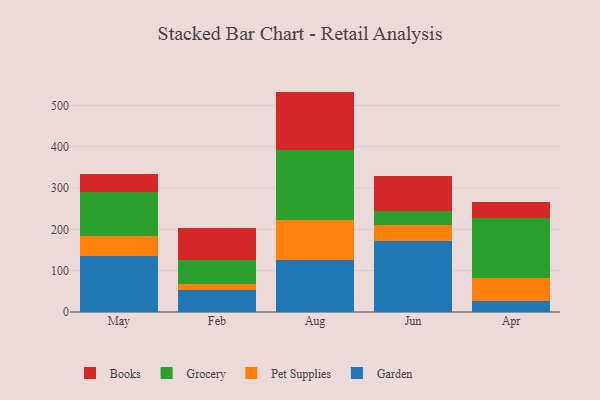
{"axis": {"x": "Month", "y": "Conversion Rate (%)"}, "legend": ["Books", "Garden", "Grocery", "Pet Supplies"], "data": [{"x": "May", "y": 135.0, "type": "Garden"}, {"x": "May", "y": 49.3, "type": "Pet Supplies"}, {"x": "May", "y": 105.3, "type": "Grocery"}, {"x": "May", "y": 43.4, "type": "Books"}, {"x": "Feb", "y": 54.0, "type": "Garden"}, {"x": "Feb", "y": 14.9, "type": "Pet Supplies"}, {"x": "Feb", "y": 55.8, "type": "Grocery"}, {"x": "Feb", "y": 79.2, "type": "Books"}, {"x": "Aug", "y": 125.4, "type": "Garden"}, {"x": "Aug", "y": 97.5, "type": "Pet Supplies"}, {"x": "Aug", "y": 170.3, "type": "Grocery"}, {"x": "Aug", "y": 140.2, "type": "Books"}, {"x": "Jun", "y": 172.3, "type": "Garden"}, {"x": "Jun", "y": 38.0, "type": "Pet Supplies"}, {"x": "Jun", "y": 33.7, "type": "Grocery"}, {"x": "Jun", "y": 85.0, "type": "Books"}, {"x": "Apr", "y": 27.3, "type": "Garden"}, {"x": "Apr", "y": 55.7, "type": "Pet Supplies"}, {"x": "Apr", "y": 144.2, "type": "Grocery"}, {"x": "Apr", "y": 39.6, "type": "Books"}]}